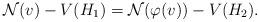
LaTeX: \begin{align*} {\cal N}(v)-V(H_1) = {\cal N}(\varphi(v))-V(H_2).\end{align*}